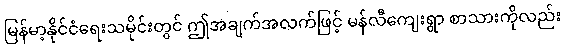
မြန်မာ့နိုင်ငံရေးသမိုင်းတွင် ဤအချက်အလက်ဖြင့် မန်လီကျေးရွာ စာသားကိုလည်း